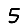
Digit: 5